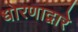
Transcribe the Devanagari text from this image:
धोरणाद्वारे